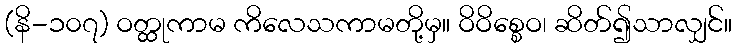
(နိ-၁၀၇) ဝတ္ထုကာမ ကိလေသကာမတို့မှ။ ဝိဝိစ္စေဝ၊ ဆိတ်၍သာလျှင်။